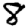
Digit: 8